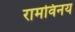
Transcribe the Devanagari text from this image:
रामविनय